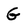
Character: G